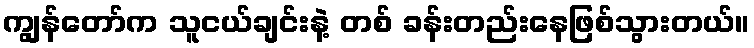
ကျွန်တော်က သူငယ်ချင်းနဲ့ တစ် ခန်းတည်းနေဖြစ်သွားတယ်။